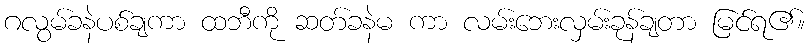
ဂလွမ်ခနဲပစ်ချကာ ထဘီကို ဆတ်ခနဲမ ကာ လမ်းဘေးလှမ်းခုန်ချတာ မြင်ရ၏။